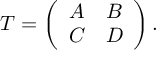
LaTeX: T = \left( \begin{array} { c c } { { A } } & { { B } } \\ { { C } } & { { D } } \end{array} \right) .